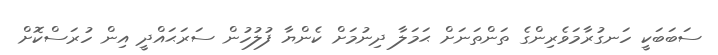
ސަބަބަކީ ހަނގުރާމަވެރިންގެ ތަންތަނަށް ޙަމަލާ ދިނުމަށް ކެންޔާ ފުލުހުން ސަރަޙައްދީ އިން ހުރަސްކޮށް